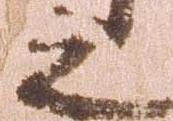
之